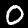
Digit: 0